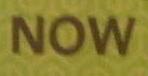
now